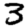
Digit: 3